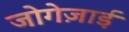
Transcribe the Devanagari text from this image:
जोगेज़ाई